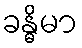
ခန္ဓိမာ